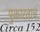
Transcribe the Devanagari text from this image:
पुकारताच